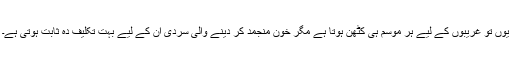
یوں تو غریبوں کے لیے ہر موسم ہی کٹھن ہوتا ہے مگر خون منجمد کر دینے والی سردی ان کے لیے بہت تکلیف دہ ثابت ہوتی ہے۔